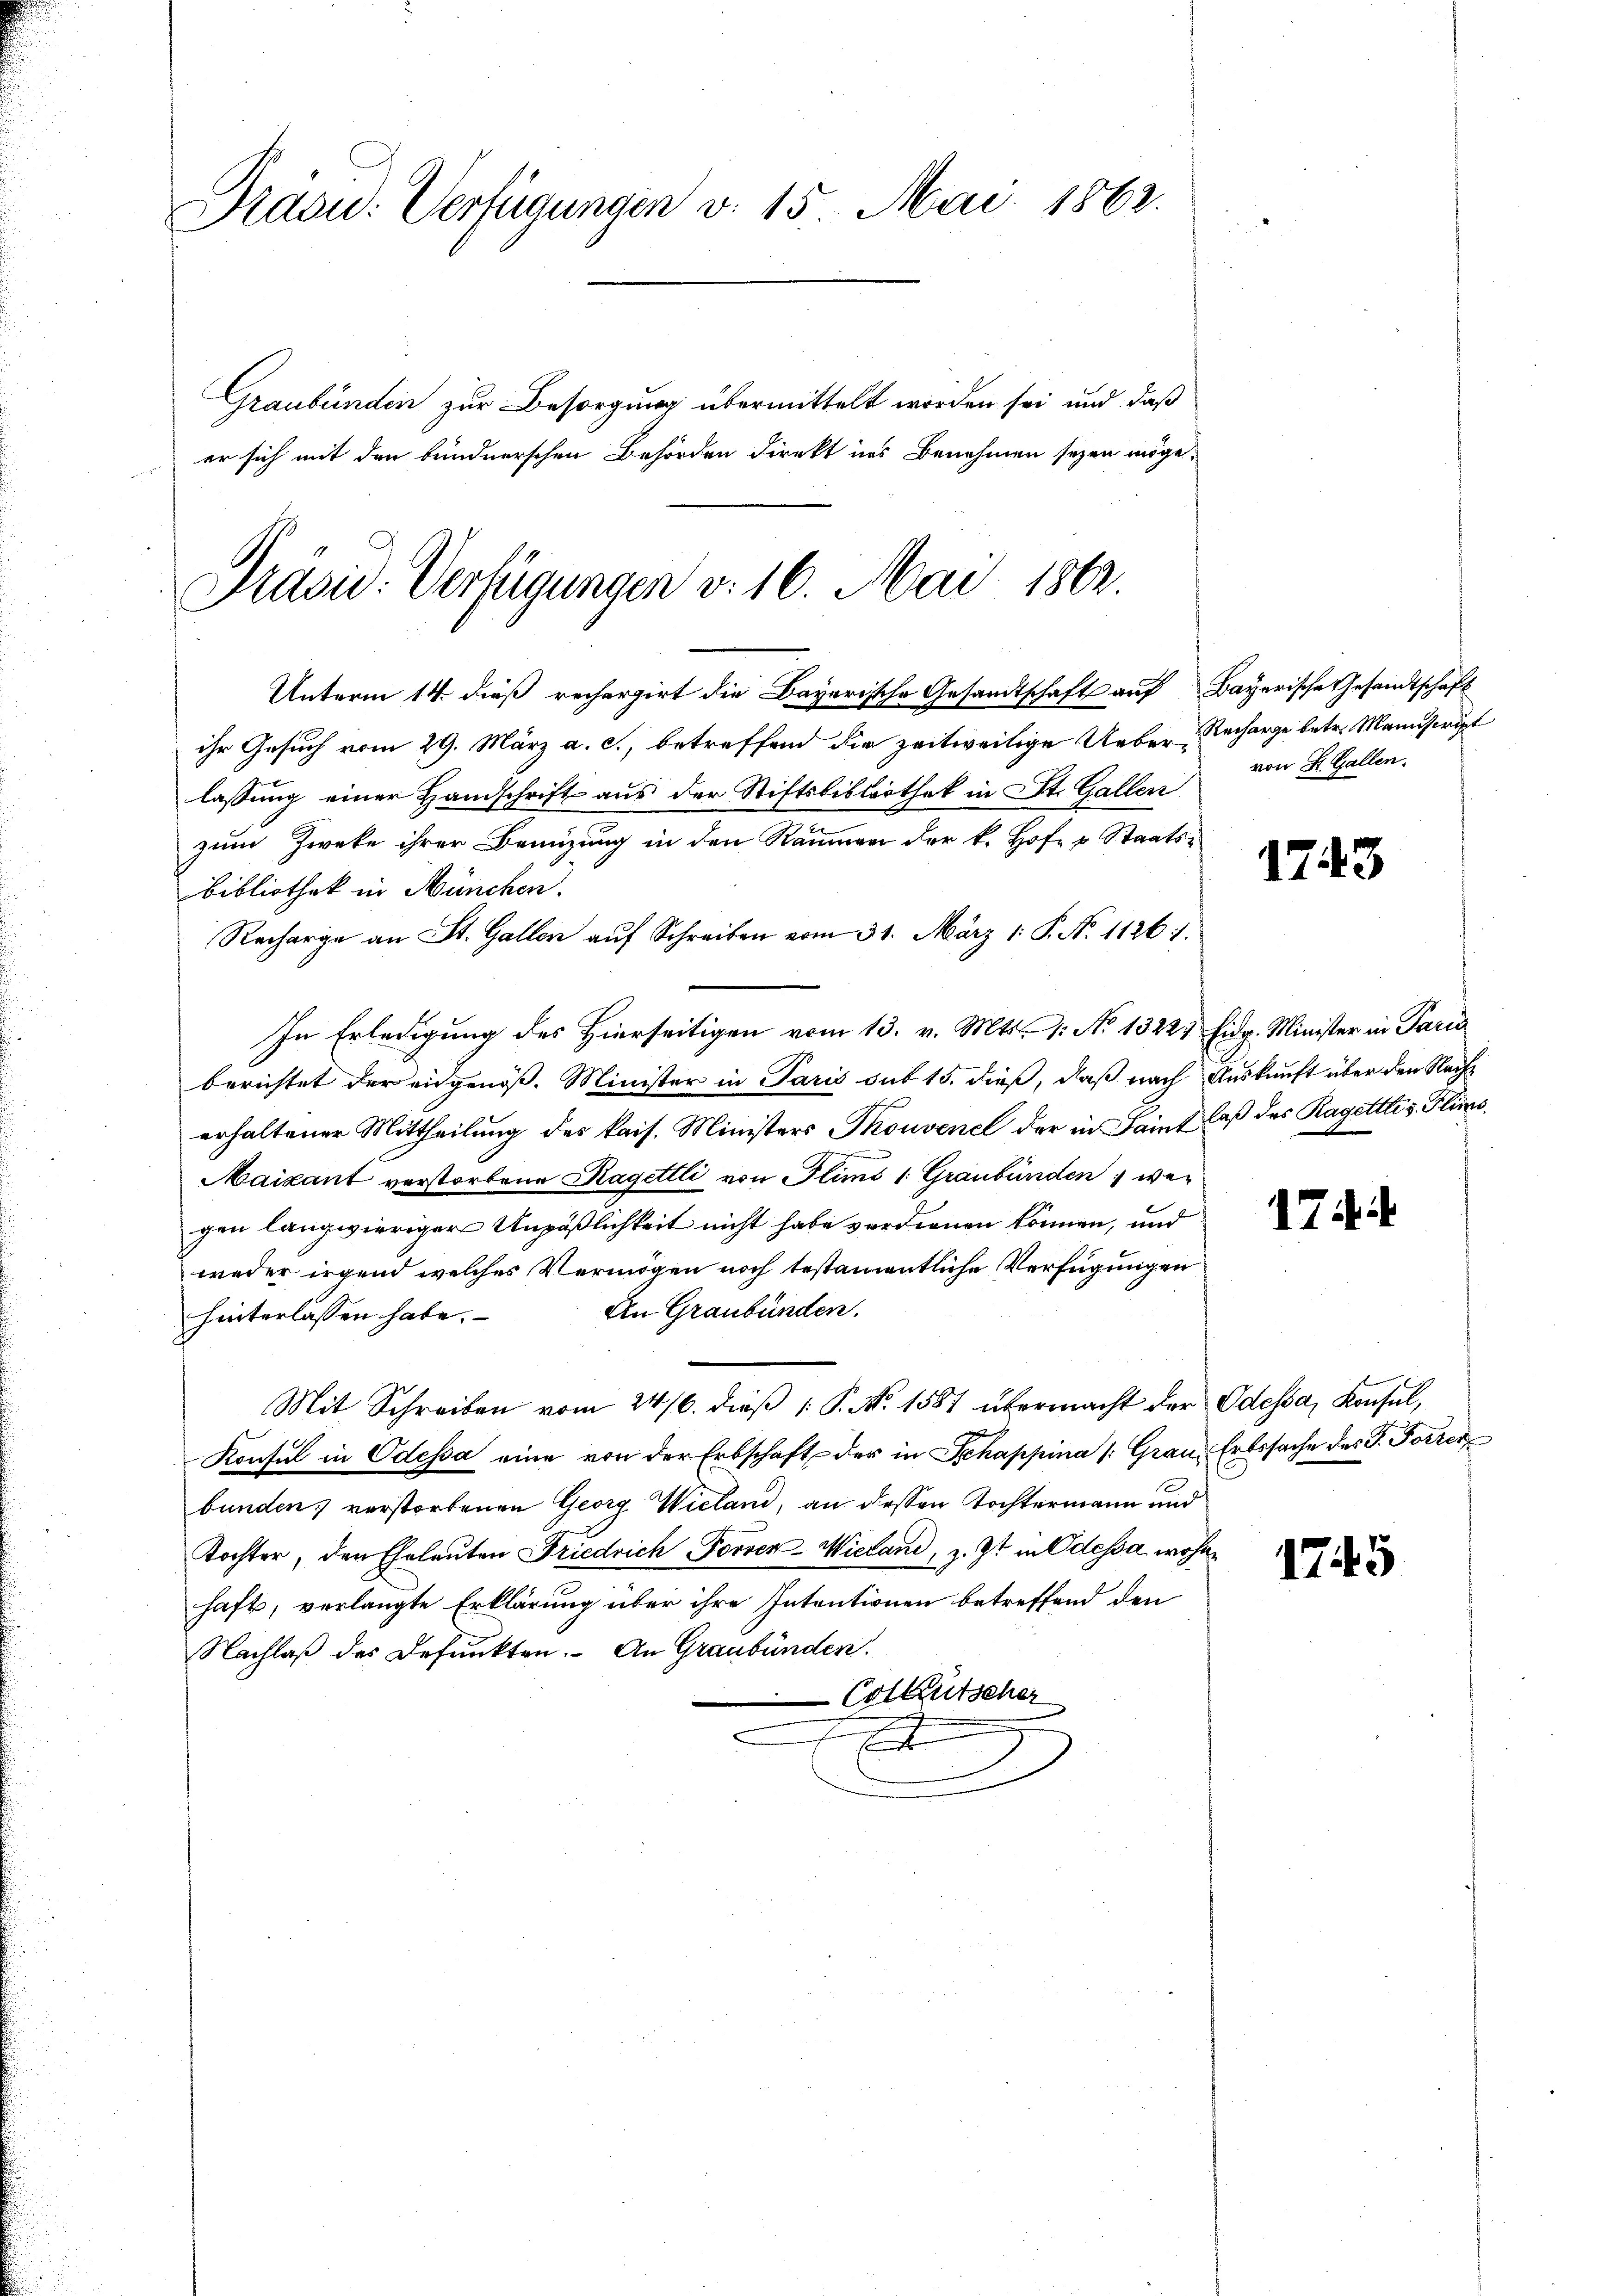
Hasu: Verfügungen v. 15. Mai 1862.

Graubünden zur Besorgung übermittelt worden sei und daß
er sich mit den bundnerschen Behörden direkt ins Benehmen seyen möge,

Präsid. Verfügungen v. 16. Mai 1862.

Unterm 14. dieß rechargirt die Bayerische Gesandtschaft auf Bayerische Gesandtschaft
ihr Gesuch vom 29. März a. c., betreffend die zeitweilige Ueber-Recharge betr. Manuscript
lassung einer Handschrift aus der Stiftsbibliothek in St. Gallen
zum Zweke ihrer Beinzung in den Räumen der k. Hofe u. Staats-
Bibliothek in München.
Recharge an St. Gallen auf Schreiben vom 31. März 1. P. N. 11261.
In Erledigung des Hierseitigen vom 13. v. Mts. 1. No 13223 Eidg. Minister in Paris
berichtet der eidgenöß. Minister in Paris sub 15. dieß, daß nach Auskunft über den Nacherhaltener Mittheilung des kais. Ministers Thouvenel der in Sait laß des Ragettlis. Flims¬
Maisant verstorbene Hagettli von Flims 1. Graubünden, wegen langwieriger Unpäßlichkeit nicht habe verdienen können, und
weder irgend welches Vermögen noch testamentliche Verfügungen
An Graubünden.
hinterlassen habe.
Mit Schreiben vom 24/6. dieβ P. No 1587 übermacht der Odessa, Konsul,
Konsul in Odessa eine von der Erbschaft der in Schappina (Grau, Erbssache des G. Forrer
bunden, verstorbenen Georg Wieland, an dessen Tochtermann und
Tochter, den Eheleuten Friedrich Forren-Wieland, z. Zt. in Odessa wohne
haft, verlangte Erklärung über ihre Intentionen betreffend den
Nachlaß des Befunkten. An Graubünden.
Colkutscher
t

von St. Gallen.

1743

17 i

1745